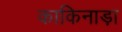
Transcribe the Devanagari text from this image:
काकिनाड़ा